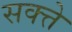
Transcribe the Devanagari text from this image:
सक्त्ते